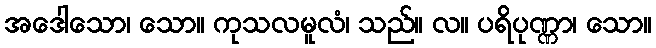
အဒေါသော၊ သော။ ကုသလမူလံ၊ သည်။ လ။ ပရိပုဏ္ဏာ၊ သော။